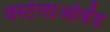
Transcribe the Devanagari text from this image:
वस्टेलाओवेंड